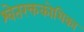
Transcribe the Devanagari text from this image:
श्वेतरक्तकोशिका